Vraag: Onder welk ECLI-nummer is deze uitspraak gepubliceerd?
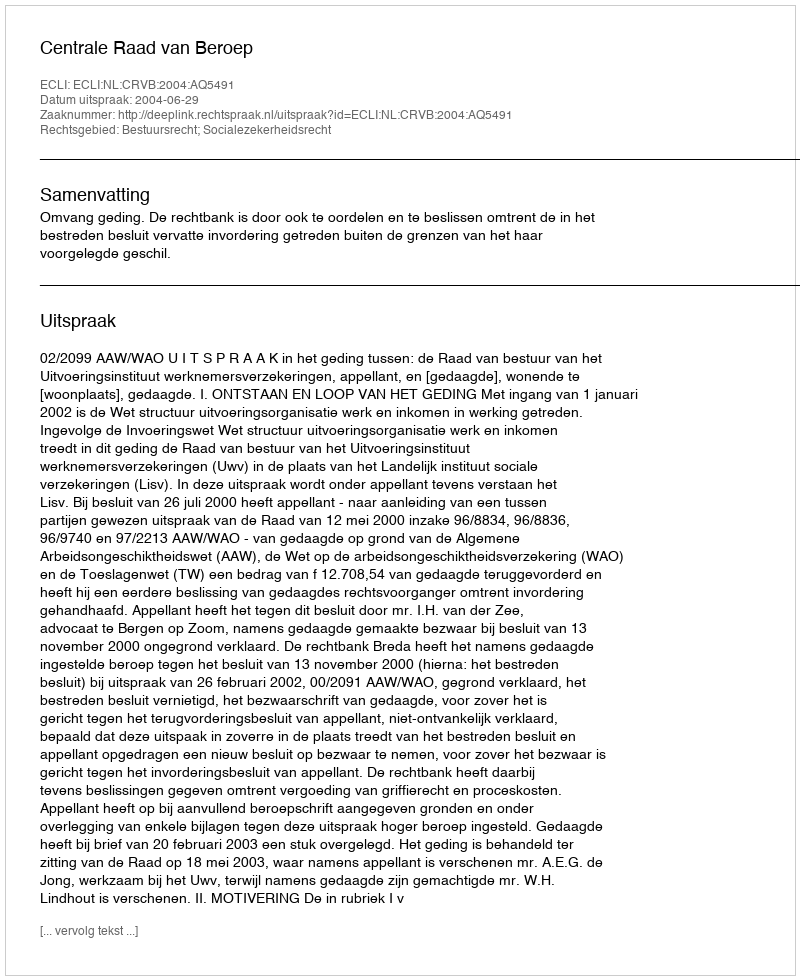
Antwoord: ECLI:NL:CRVB:2004:AQ5491